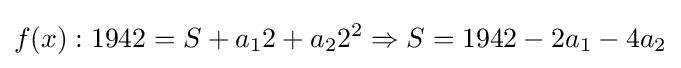
f(x):1942=S+a_{1}2+a_{2}2^{2}\Rightarrow {}S=1942-2a_{1}-4a_{2}